Document type: Community of property
Year: 1312
Scribe: Pere Amorós
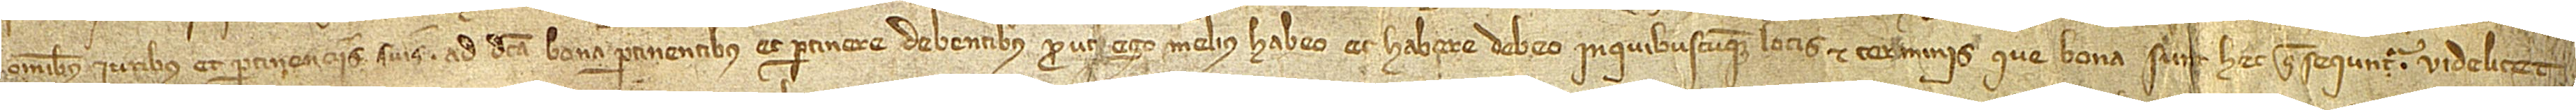
omnibus iuribus et pertinenciis suis ad dicta bona pertinentibus et pertinere debentibus, prout ego melius habeo et habere debeo in quibuscumque locis et terminis. Que bona sunt hec que sequntur, videlicet: